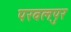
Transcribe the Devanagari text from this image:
परवलपुर